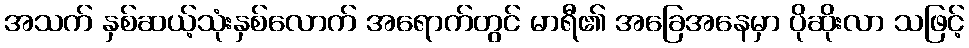
အသက် နှစ်ဆယ့်သုံးနှစ်လောက် အရောက်တွင် မာရီ၏ အခြေအနေမှာ ပိုဆိုးလာ သဖြင့်